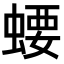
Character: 𧍔